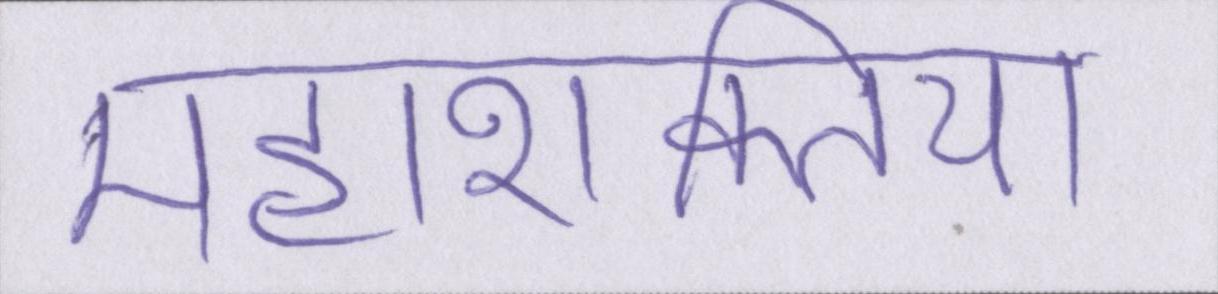
महाशक्तियां